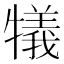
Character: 犠